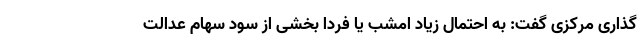
گذاری مرکزی گفت: به احتمال زیاد امشب یا فردا بخشی از سود سهام عدالت